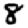
Digit: 8